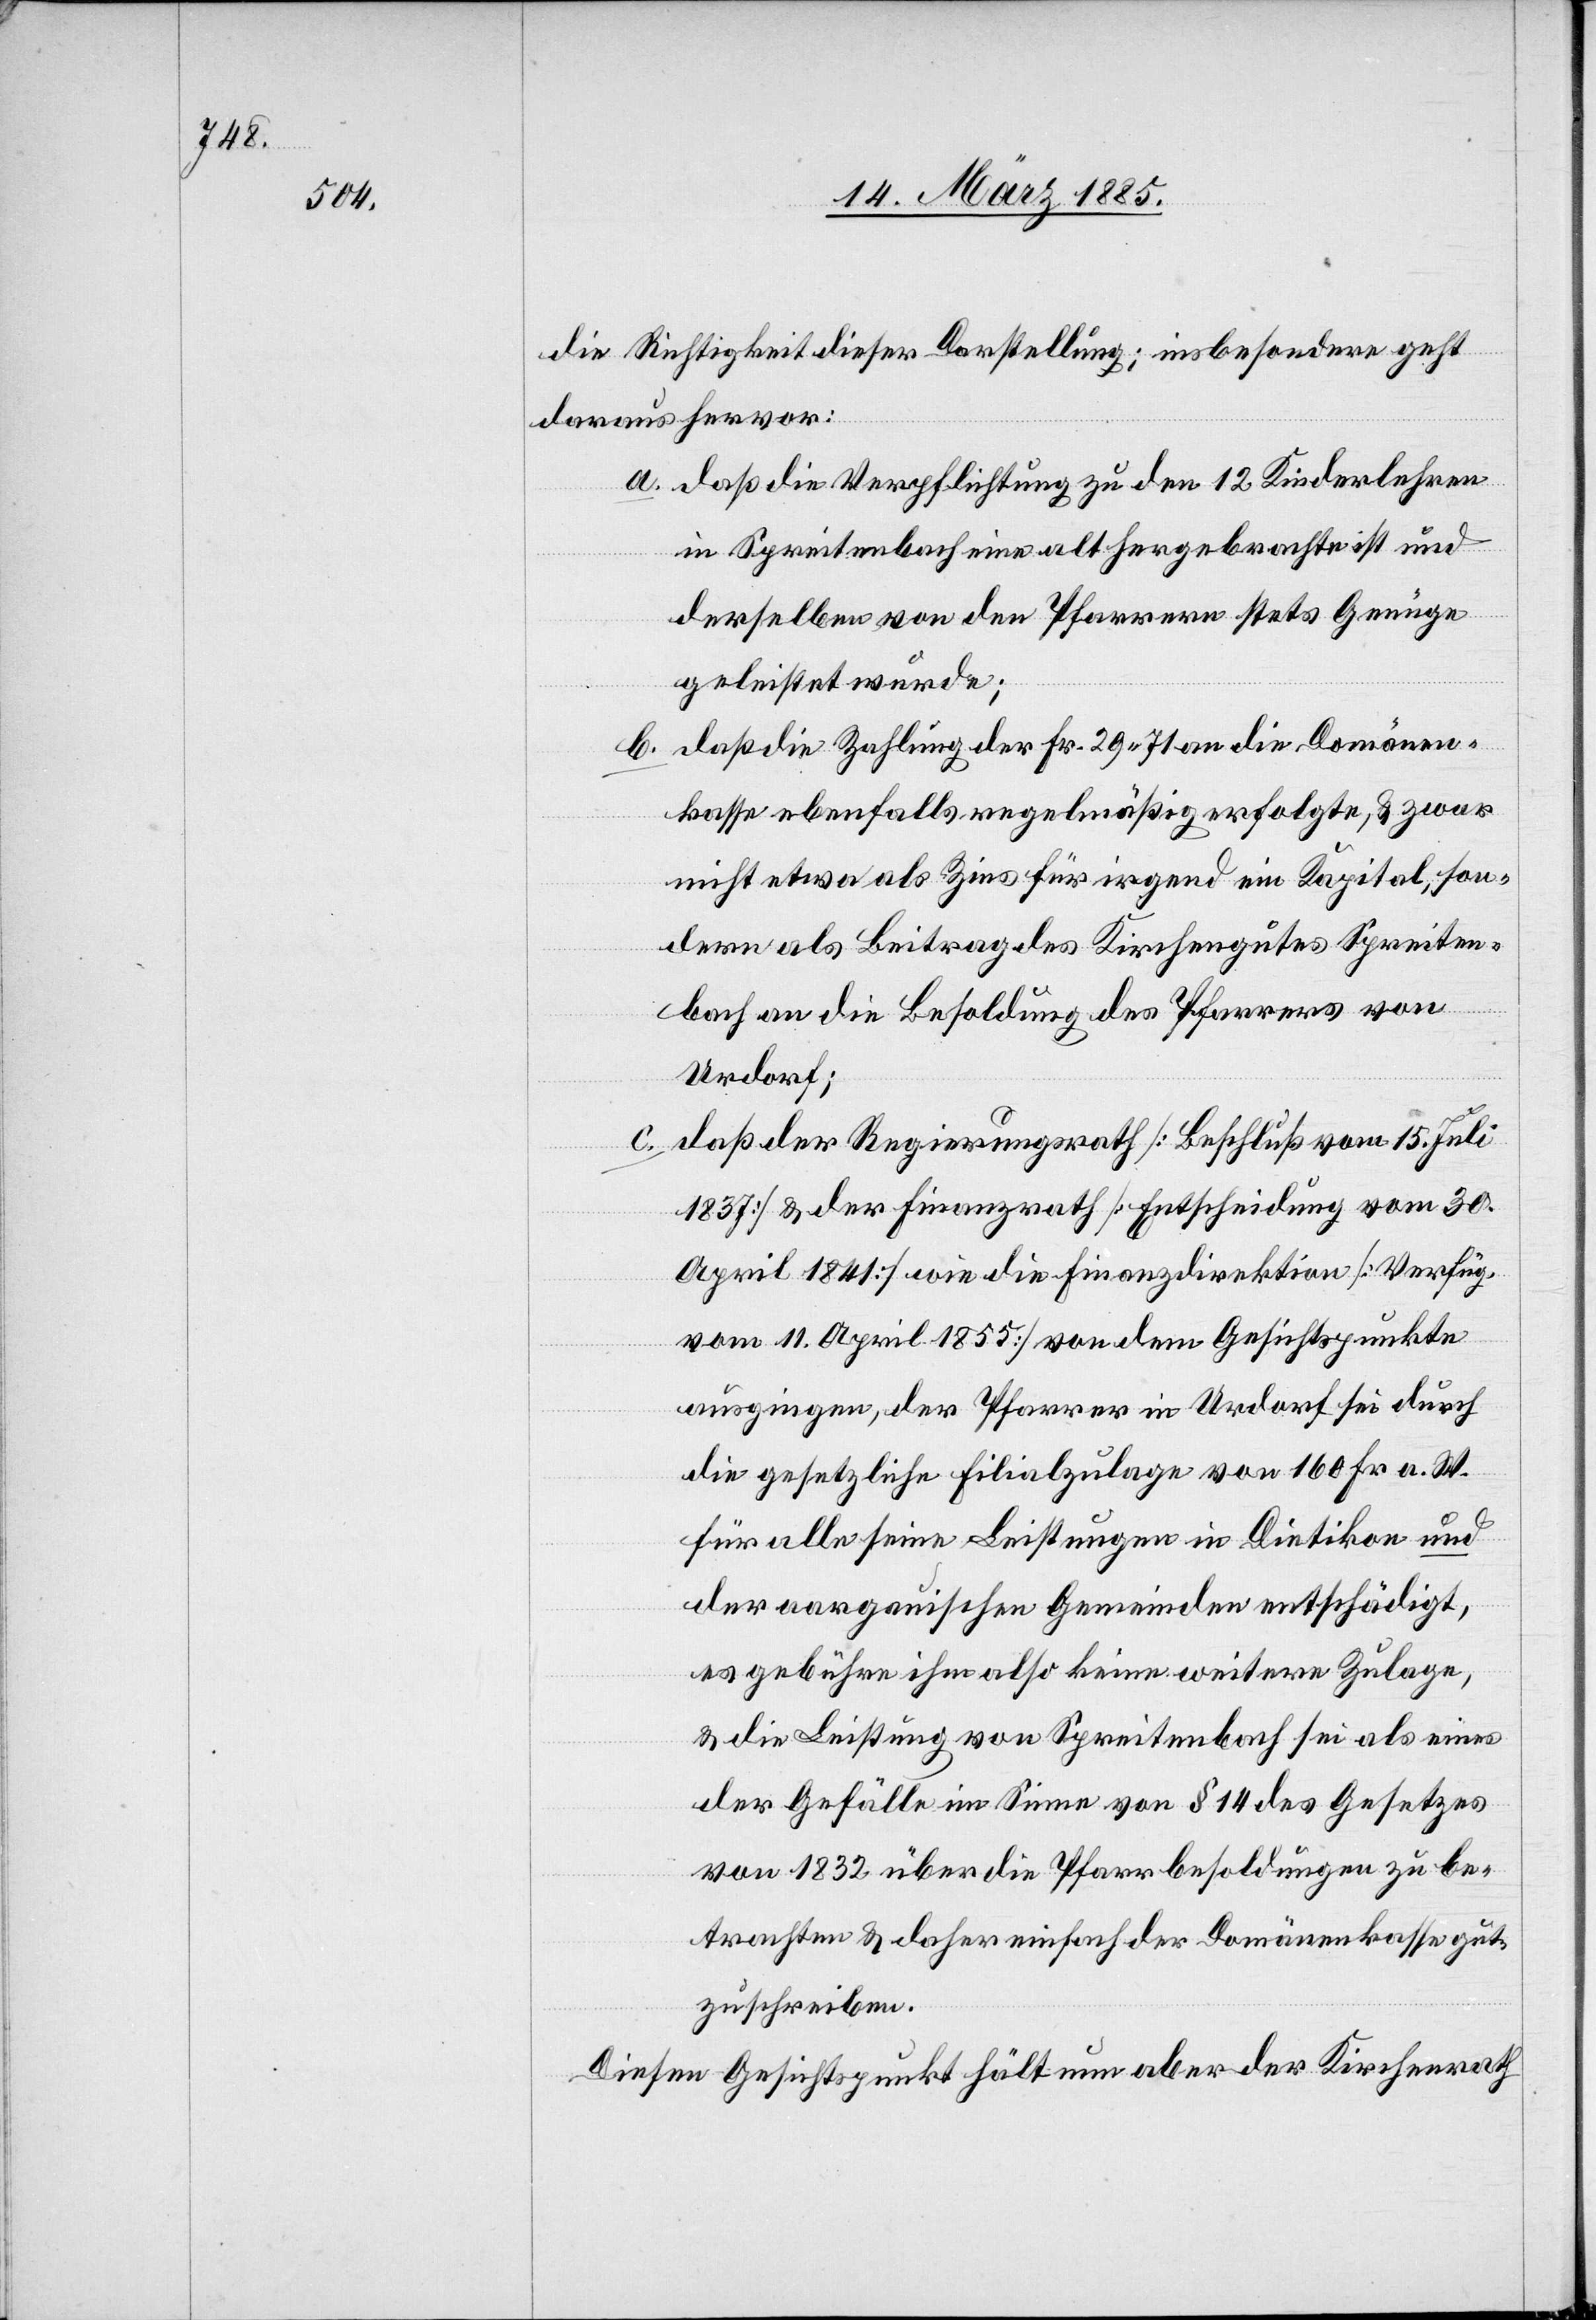
ung

die Richtigkeit dieser Darstellung; insbesondere geht
daraus hervor:
a. daß die Verpflichtung zu den 12. Kinderlehren
in Spreitenbach eine althergebrachte ist und
derselben von den Pfarrern stets Genügen
geleistet wurde;
b. daß die Zahlung der Fr. 29 71 an die Domänen¬
kasse ebenfalls regelmäßig erfolgte, & zwar
nicht etwa als Zins für irgend ein Kapital, son¬
dern als Beitrag des Kirchengutes Spreiten¬
bach an die Besoldung de Pfarrers von
Urdorf;
c. daß der Regierungsrath [Beschluß vom 15. Juli
1837] & der Finanzrath [Entscheidung vom 30.
April 1841] wie die Finanzdirektion [Verfüg¬
vom 11. April 1855] von dem Gesichtspunkte
ausgingen, der Pfarrer in Urdorf sei durch
die gesetzliche Filialzulage von 160 Fr. a. W.
für alle seine Leistungen in Dietikon und
der aargauischen Gemeinden entschädigt,
es gebühre ihm also keine weitere Zulage,
& die Leistung von Spreitenbach sei als eines
der Gefälle im Sinne von § 14 des Gesetzes
von 1832 über die Pfarrerbesoldungen zu be¬
trachten & daher einfach der Domänenkasse gut¬
zuschreiben.
Diesen Gesichtspunkt hält nun aber der Kirchenrath